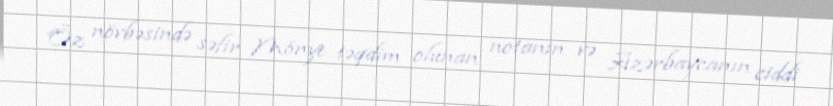
Öz növbəsində səfir Mönye təqdim olunan notanın və Azərbaycanın ciddi